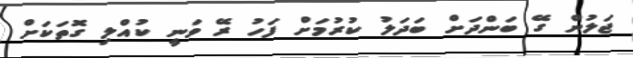
ޖަލުން ގޭ ބަންދަށް ބަދަލު ކުރުމަށް ފަހު ރޭ ވަނީ ކުއްލި ގޮތަކަށް